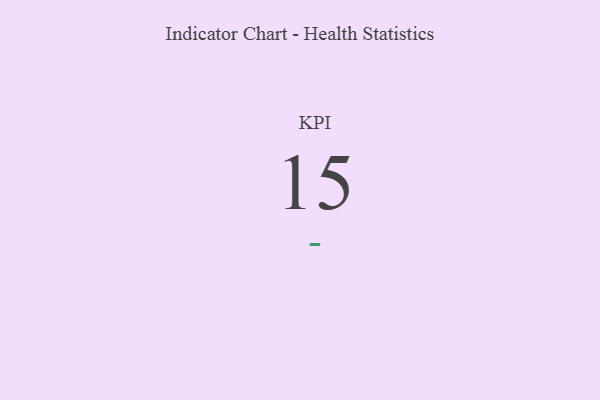
{"axis": {"x": "KPI", "y": "Value"}, "legend": [""], "data": [{"x": "KPI", "y": 15, "type": ""}]}